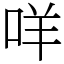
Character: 咩